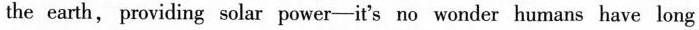
the earth, providing solar power-it's no wonder humans have long